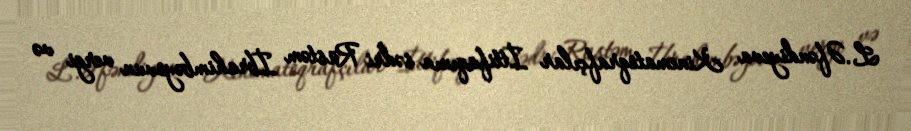
L.Əfəndiyeva Kinematoqrafçılar İttifaqının sədri Rüstəm İbrahimbəyovun vergi və